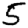
Digit: 5